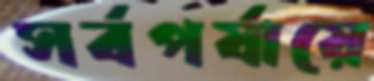
সর্বপর্যায়ে